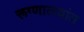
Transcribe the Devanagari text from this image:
रूग्णालयांत